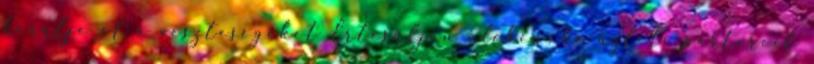
kerülje el a veszteségeket Értesüljön időben, ha üzleti partereit